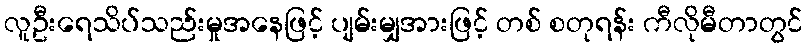
လူဦးရေသိပ်သည်းမှုအနေဖြင့် ပျမ်းမျှအားဖြင့် တစ် စတုရန်း ကီလိုမီတာတွင်